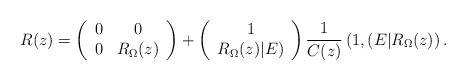
LaTeX: \begin{align*} R(z) = \left( \begin{array}{cc} 0&0 \\ 0& R_{\Omega}(z)\end{array}\right) +\left(\begin{array}{c} 1 \\ R_{\Omega}(z)|E )\end{array}\right)\frac{1}{C(z)} \left( 1, (E | R_{\Omega}(z) \right ) .\end{align*}